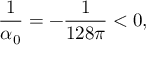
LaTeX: { \frac { 1 } { \alpha _ { 0 } } } = - { \frac { 1 } { 1 2 8 \pi } } < 0 ,